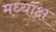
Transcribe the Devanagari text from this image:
मध्याक्ष